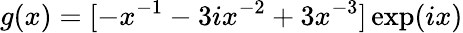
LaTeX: g(x)=[-x^{-1}-3ix^{-2}+3x^{-3}]\exp(ix)